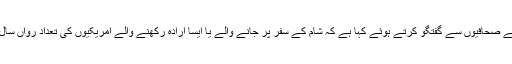
غیرملکی خبررساں ا دارے کے مطابق جیمز کومے نے صحافیوں سے گفتگو کرتے ہوئے کہا ہے کہ شام کے سفر پر جانے والے یا ایسا ارادہ رکھنے والے امریکیوں کی تعداد رواں سال کے آغاز کے بعد سے چند درجن سے بڑھ چکی ہے۔